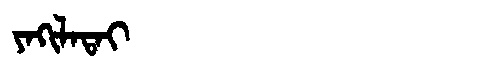
Manchu: ᠶᠠᡴᡳᠯᠠᡨᠠᡳ
Romanization: YAKILATAI